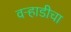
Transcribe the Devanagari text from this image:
वऱ्हाडीचा